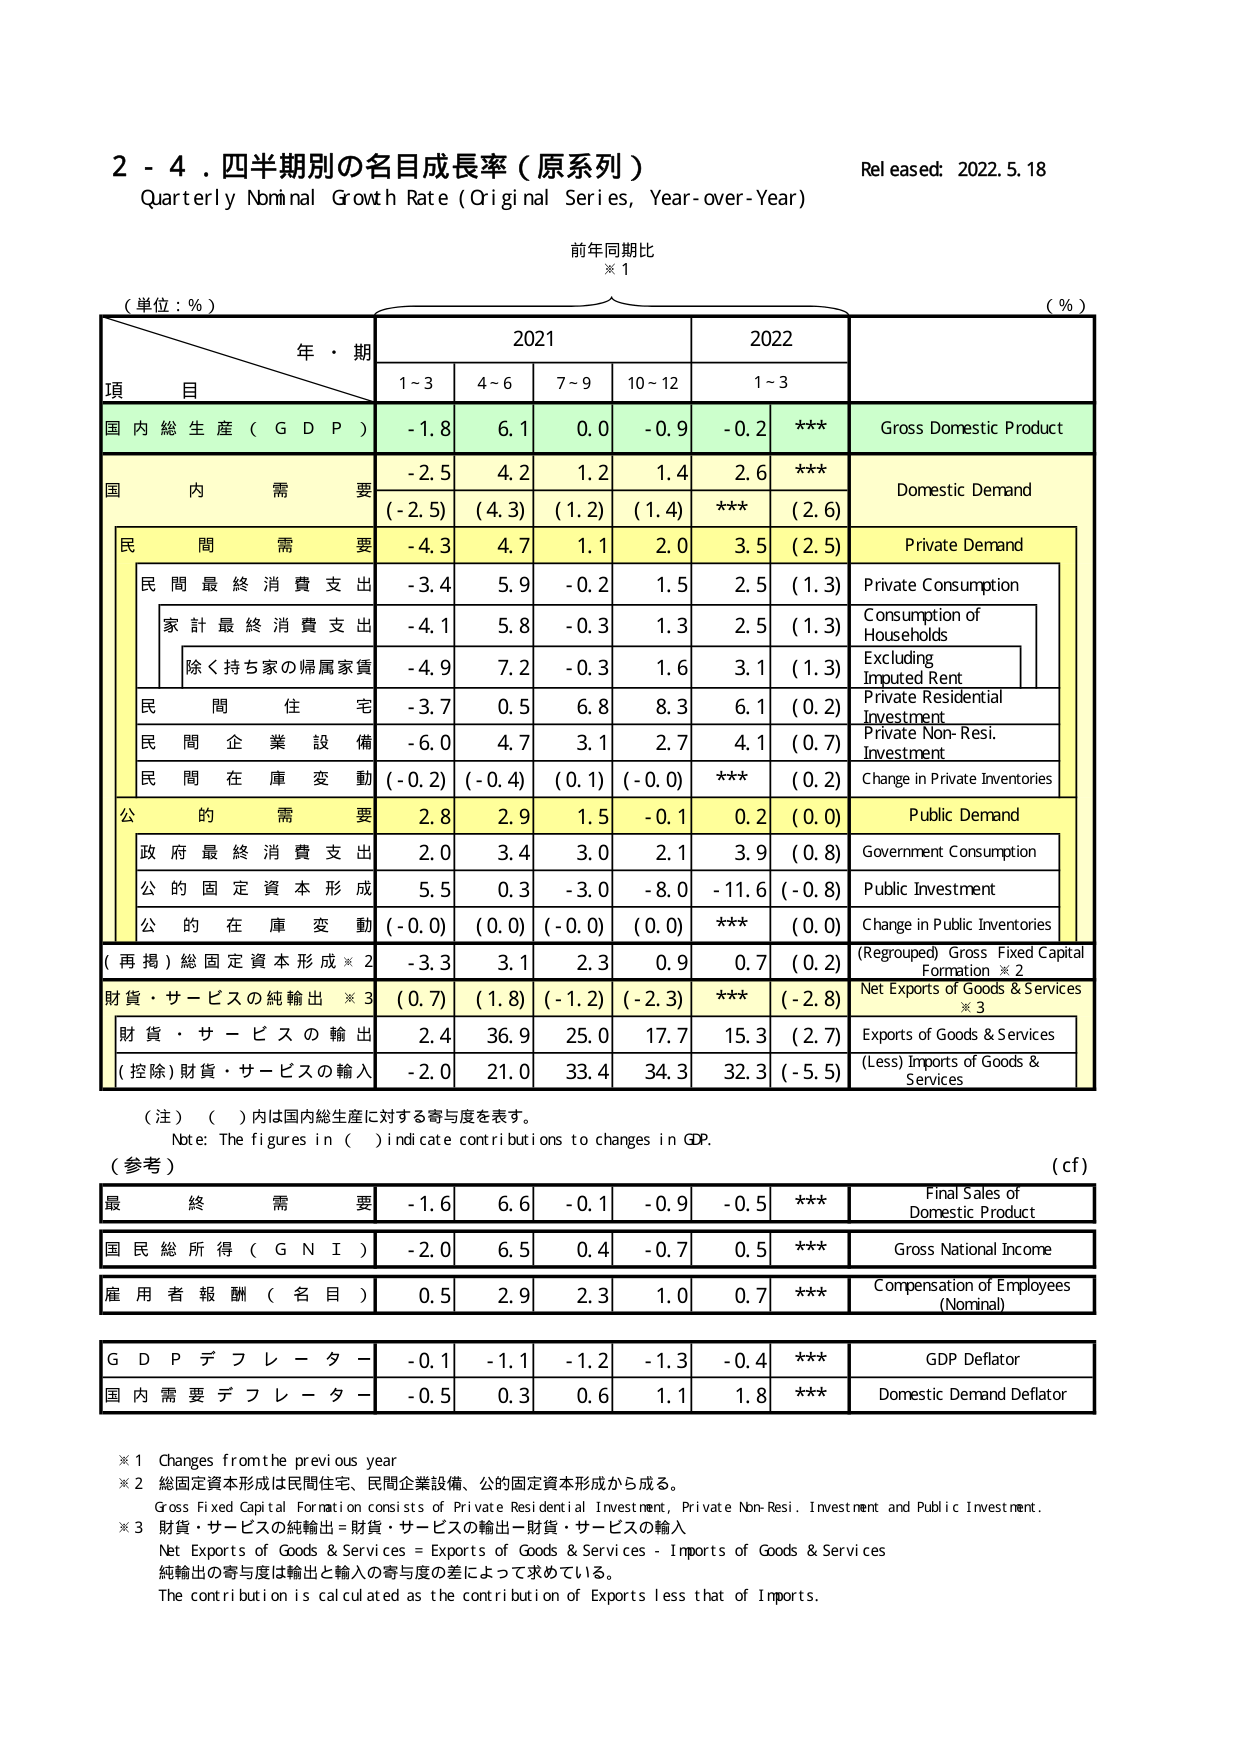
2 - 4. 四半期別の名目成長率（原系列）
Quarterly Nominal Growth Rate (Original Series, Year-over-Year)
Released: 2022.5.18
前年同期比
※1
（単位：%）
年・期
2021
2022
（%）
項 目
1~3
4~6
7~9
10~12
1~3
国内総生産（GDP）
-1.8
6.1
0.0
-0.9
-0.2
***
Gross Domestic Product
国内需要
-2.5
4.2
1.2
1.4
2.6
***
Domestic Demand
(-2.5)
(4.3)
(1.2)
(1.4)
***
(2.6)
民間需要
-4.3
4.7
1.1
2.0
3.5
(2.5)
Private Demand
民間最終消費支出
-3.4
5.9
-0.2
1.5
2.5
(1.3)
Private Consumption
家計最終消費支出
-4.1
5.8
-0.3
1.3
2.5
(1.3)
Consumption of Households
除く持ち家の帰属家賃
-4.9
7.2
-0.3
1.6
3.1
(1.3)
Excluding Imputed Rent
民間住宅
-3.7
0.5
6.8
8.3
6.1
(0.2)
Private Residential Investment
民間企業設備
-6.0
4.7
3.1
2.7
4.1
(0.7)
Private Non-Resi. Investment
民間在庫変動
(-0.2)
(-0.4)
(0.1)
(-0.0)
***
(0.2)
Change in Private Inventories
公的需要
2.8
2.9
1.5
-0.1
0.2
(0.0)
Public Demand
政府最終消費支出
2.0
3.4
3.0
2.1
3.9
(0.8)
Government Consumption
公的固定資本形成
5.5
0.3
-3.0
-8.0
-11.6
(-0.8)
Public Investment
公的在庫変動
(-0.0)
(0.0)
(-0.0)
(0.0)
***
(0.0)
Change in Public Inventories
（再掲）総固定資本形成※2
-3.3
3.1
2.3
0.9
0.7
(0.2)
(Regrouped) Gross Fixed Capital Formation ※2
財貨・サービスの純輸出※3
(0.7)
(1.8)
(-1.2)
(-2.3)
***
(-2.8)
Net Exports of Goods & Services ※3
財貨・サービスの輸出
2.4
36.9
25.0
17.7
15.3
(2.7)
Exports of Goods & Services
(控除)財貨・サービスの輸入
-2.0
21.0
33.4
34.3
32.3
(-5.5)
(Less) Imports of Goods & Services
（注）（ ）内は国内総生産に対する寄与度を表す。
Note: The figures in ( ) indicate contributions to changes in GDP.
（参考）
(cf)
最終需要
-1.6
6.6
-0.1
-0.9
-0.5
***
Final Sales of Domestic Product
国民総所得（GNI）
-2.0
6.5
0.4
-0.7
0.5
***
Gross National Income
雇用者報酬（名目）
0.5
2.9
2.3
1.0
0.7
***
Compensation of Employees (Nominal)
GDPデフレーター
-0.1
-1.1
-1.2
-1.3
-0.4
***
GDP Deflator
国内需要デフレーター
-0.5
0.3
0.6
1.1
1.8
***
Domestic Demand Deflator
※1 Changes from the previous year
※2 総固定資本形成は民間住宅、民間企業設備、公的固定資本形成から成る。
Gross Fixed Capital Formation consists of Private Residential Investment, Private Non-Resi. Investment and Public Investment.
※3 財貨・サービスの純輸出＝財貨・サービスの輸出－財貨・サービスの輸入
Net Exports of Goods & Services = Exports of Goods & Services - Imports of Goods & Services
純輸出の寄与度は輸出と輸入の寄与度の差によって求めている。
The contribution is calculated as the contribution of Exports less that of Imports.